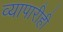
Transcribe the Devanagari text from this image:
व्यापारीही